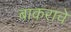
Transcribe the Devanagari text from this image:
बाकराचे